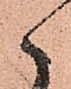
々